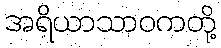
အရိယာသာဝကတို့